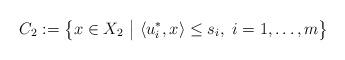
LaTeX: \begin{align*}C_2:=\big\{x\in X_2~\big|~\langle u_i^*,x\rangle\leq s_i,~i=1,\ldots,m\big\}\end{align*}